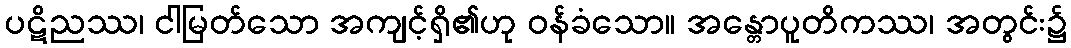
ပဋိညဿ၊ ငါမြတ်သော အကျင့်ရှိ၏ဟု ဝန်ခံသော။ အန္တောပူတိကဿ၊ အတွင်း၌